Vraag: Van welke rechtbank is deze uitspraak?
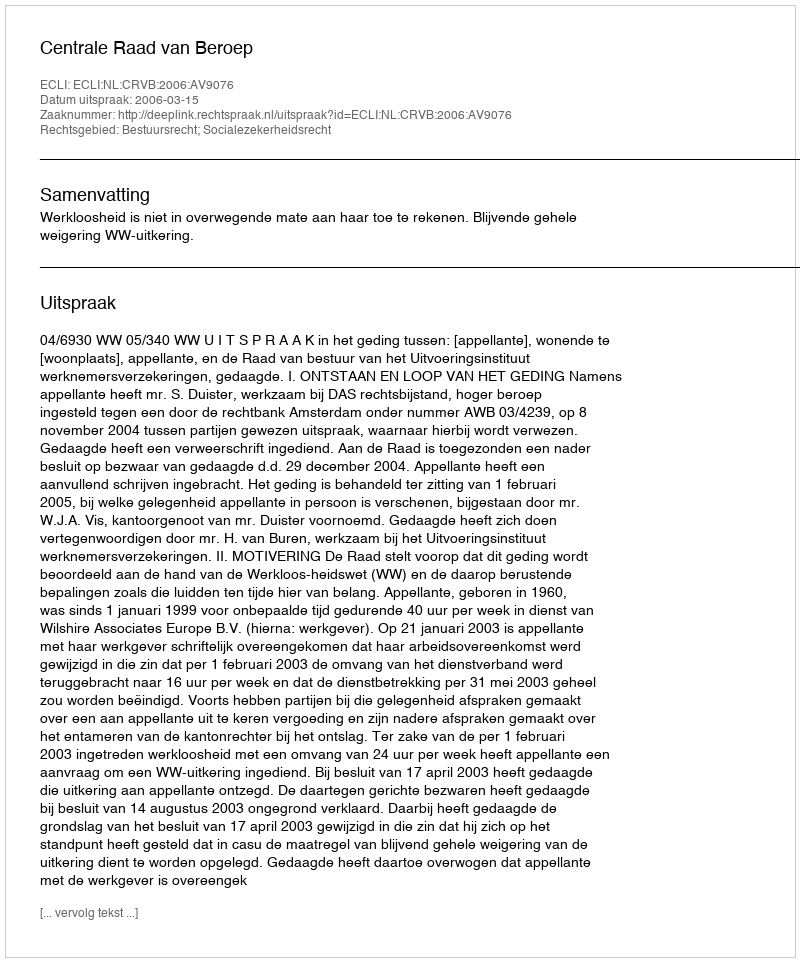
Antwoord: Centrale Raad van Beroep